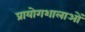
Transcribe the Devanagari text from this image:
प्रायोगशालाओं